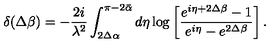
\delta ( \Delta \beta ) = - \frac { 2 i } { \lambda ^ { 2 } } \int _ { 2 \Delta \alpha } ^ { \pi - 2 \bar { \alpha } } d \eta \log \left[ \frac { e ^ { i \eta + 2 \Delta \beta } - 1 } { e ^ { i \eta } - e ^ { 2 \Delta \beta } } \right] .